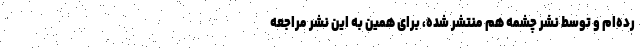
رده‌ام و توسط نشر چشمه هم منتشر شده، برای همین به این نشر مراجعه